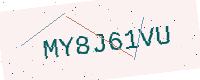
Text: MY8J61VU